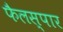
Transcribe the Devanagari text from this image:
फैलस्पार